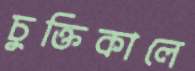
চুক্তিকালে